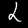
Label: 2